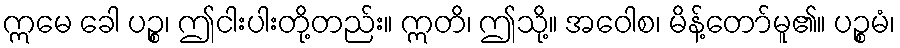
ဣမေ ခေါ ပဉ္စ၊ ဤငါးပါးတို့တည်း။ ဣတိ၊ ဤသို့။ အဝေါစ၊ မိန့်တော်မူ၏။ ပဉ္စမံ၊